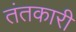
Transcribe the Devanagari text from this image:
तंतकारी